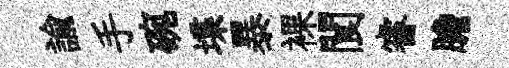
諭手碗堞暴裸閬睿膽